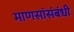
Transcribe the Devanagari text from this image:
माणसांसंबंधी